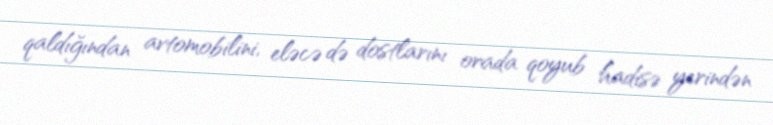
qaldığından avtomobilini, eləcə də dostlarını orada qoyub hadisə yerindən